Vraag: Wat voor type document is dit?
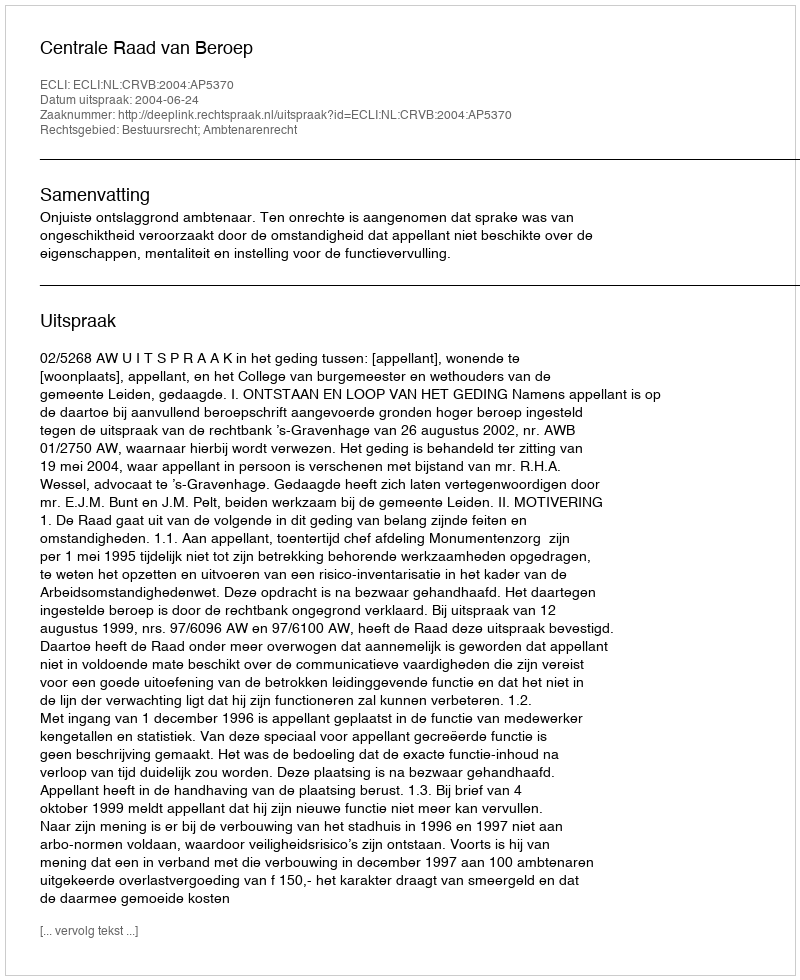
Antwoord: Uitspraak